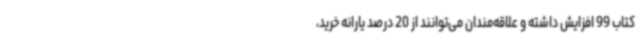
کتاب 99 افزایش داشته و علاقه‌مندان می‌توانند از 20 درصد یارانه خرید،